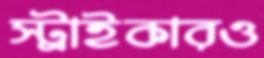
স্ট্রাইকারও